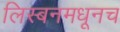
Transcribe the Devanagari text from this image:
लिस्बनमधूनच